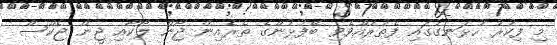
މި ފިކުރު ހުޅަނގުގައި ފެތުރުއްވެވި ބޭފުޅުންގެ ތެރެއިން ޖޯން ލޯކާއި ޖީން ޖެކްސް